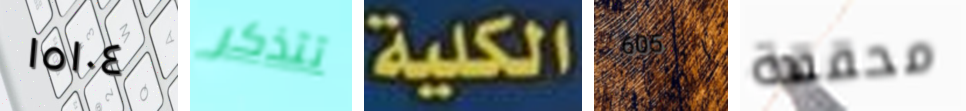
١٥١٠٤ تتذكر الكلية 605 محققة